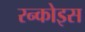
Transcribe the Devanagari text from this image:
रन्कोइस